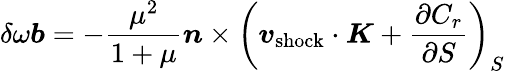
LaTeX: \delta\omega\boldsymbol{b}=-\frac{\mu^{2}}{1+\mu}\boldsymbol{n}\times\left(\boldsymbol{v}_{\mathrm{shock}}\cdot\boldsymbol{K}+\frac{\partial C_{r}}{\partial S}\right)_{S}